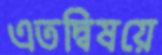
এতদ্বিষয়ে